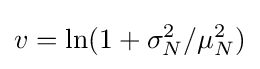
{\textstyle v=\ln(1+\sigma _{N}^{2}/\mu _{N}^{2})}